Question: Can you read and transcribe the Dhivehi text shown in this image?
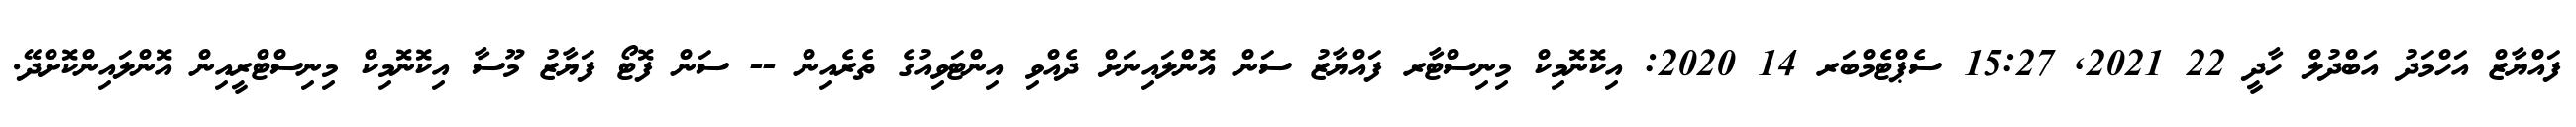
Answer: ފައްޔާޒް އަހްމަދު އަބްދުލް ހާދީ 22 2021, 15:27 ސެޕްޓެމްބަރ 14 2020: އިކޮނޮމިކް މިނިސްޓާރ ފައްޔާޒު ސަން އޮންލައިނަށް ދެއްވި އިންޓަވިއުގެ ތެރެއިން -- ސަން ފޮޓޯ ފަޔާޒު މޫސާ އިކޮނޮމިކް މިނިސްޓްރީއިން އޮންލައިންކޮށްދޭ.